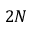
2 N